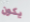
يكون